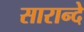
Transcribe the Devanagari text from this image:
सारान्दे